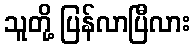
သူတို့ ပြန်လာပြီလား